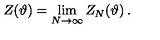
Z ( \vartheta ) = \lim _ { N \rightarrow \infty } Z _ { N } ( \vartheta ) \: .